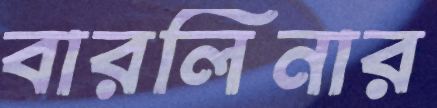
বারলিনার